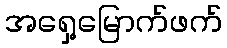
အရှေ့မြောက်ဖက်